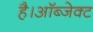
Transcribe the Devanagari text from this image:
है।ऑब्जेक्ट